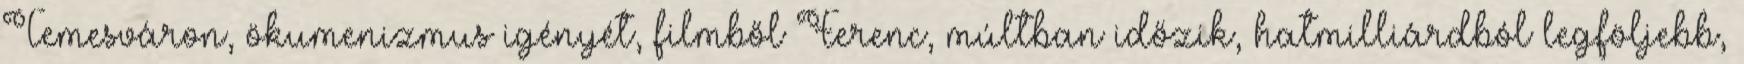
Temesváron, ökumenizmus igényét, filmből Ferenc, múltban időzik, hatmilliárdból legföljebb,